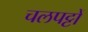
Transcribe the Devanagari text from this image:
चलपट्टों